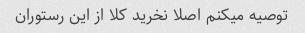
توصیه میکنم اصلا نخرید کلا از این رستوران